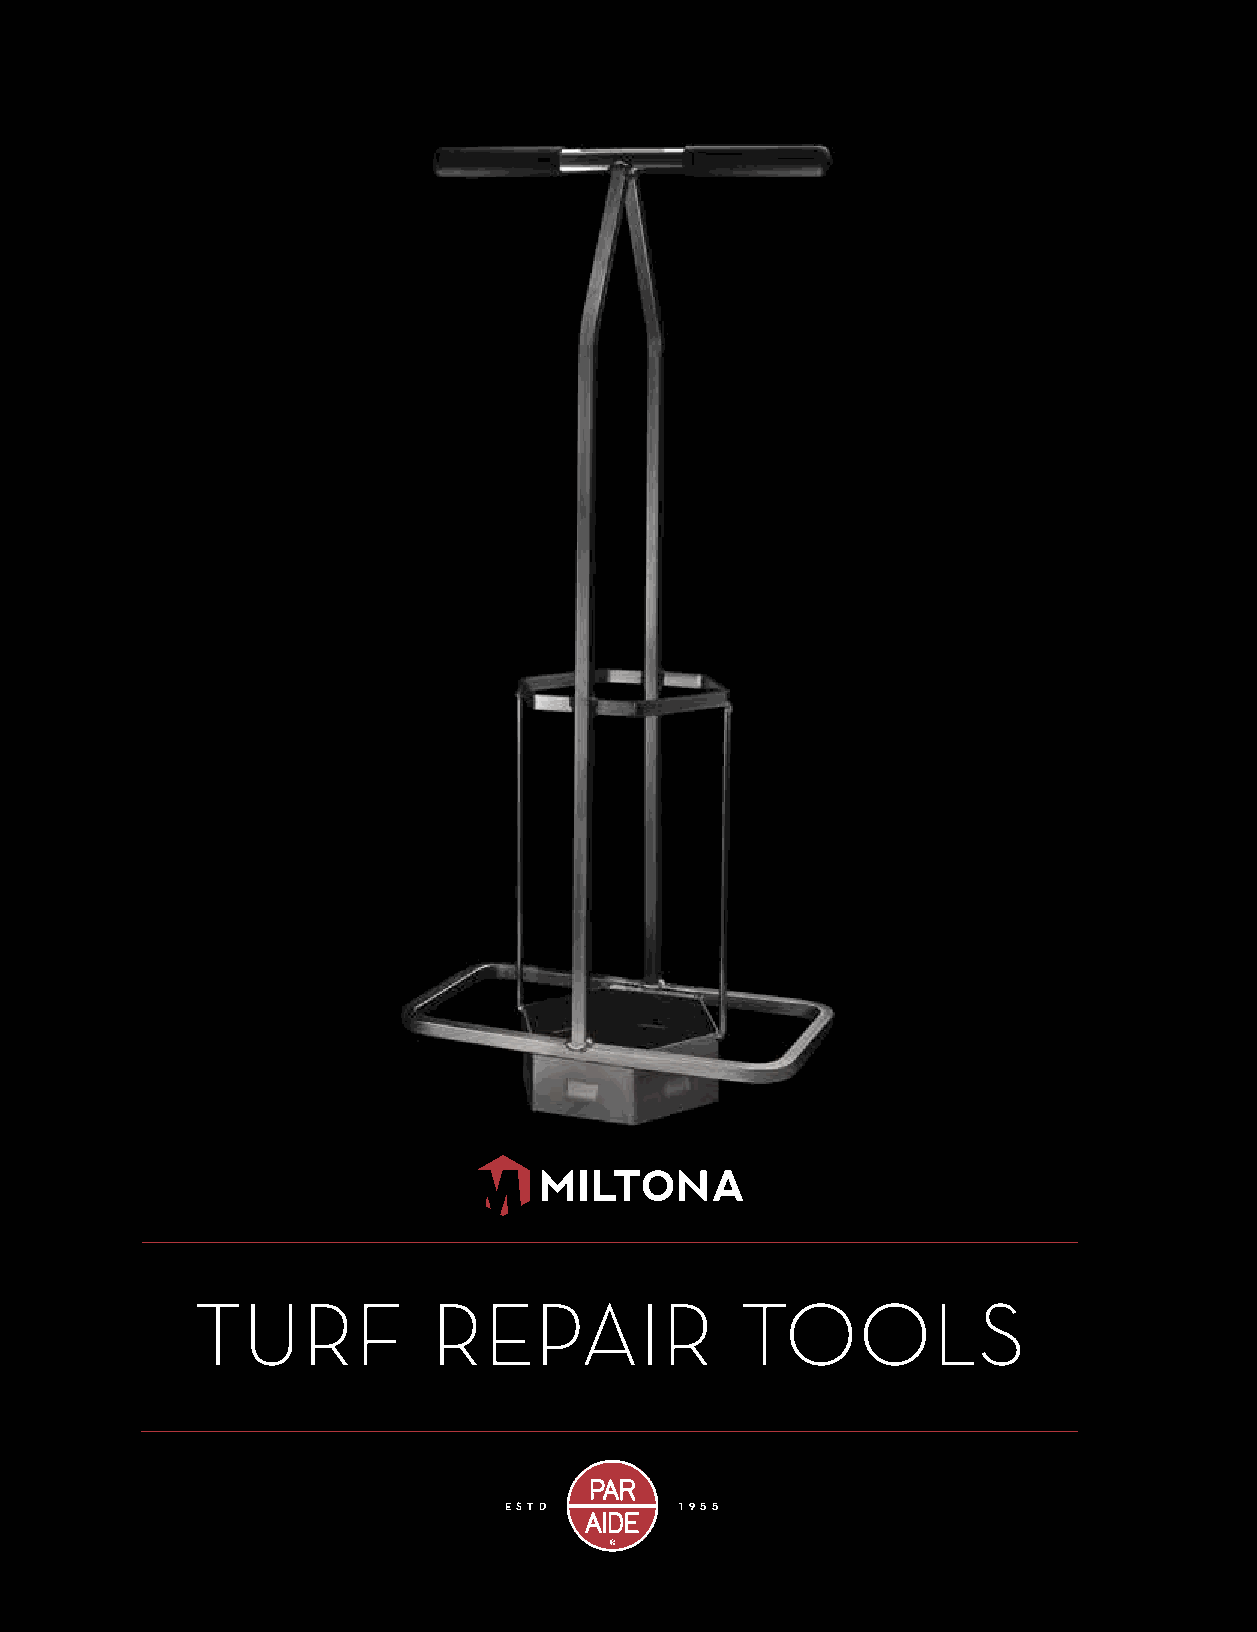
104 ACCUFORM® PRODUCTS
 TURF           REPAIR               TOOLS
 ESTD        1955